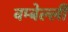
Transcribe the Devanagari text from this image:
बम्बेल्ली